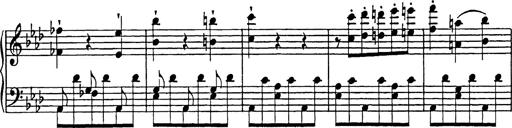
Title: Feuilles d'Album
Composer: Percy Godfrey